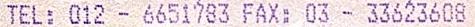
TEL: 012 - 6651783 FAX: 03 - 33623608